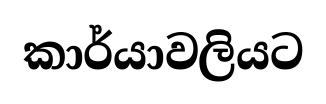
කාර්යාවලියට